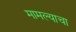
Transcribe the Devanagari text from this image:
मामल्याचा